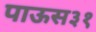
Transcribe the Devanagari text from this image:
पाऊस३१